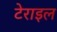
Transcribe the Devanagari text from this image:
टेराइल